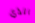
الذي